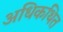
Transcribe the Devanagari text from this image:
अधिकथित